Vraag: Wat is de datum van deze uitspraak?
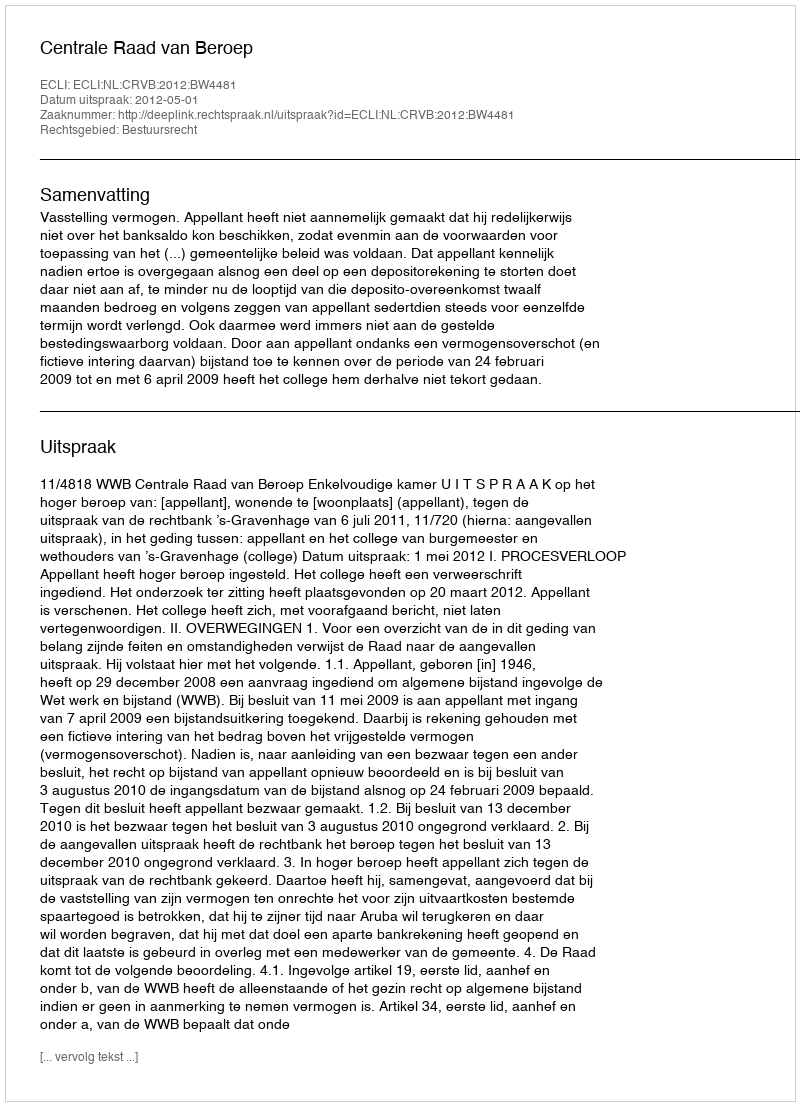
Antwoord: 2012-05-01